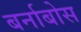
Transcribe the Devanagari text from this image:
बर्नाबोस